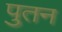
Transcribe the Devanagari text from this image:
पुतन